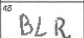
Transcription: BLR